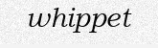
whippet